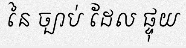
នៃ ច្បាប់ ដែល ផ្ទុយ